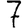
Digit: 7